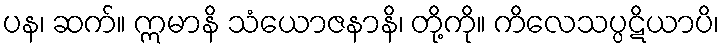
ပန၊ ဆက်။ ဣမာနိ သံယောဇနာနိ၊ တို့ကို။ ကိလေသပ္ပဋိယာပိ၊